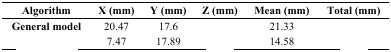
<table><thead><tr><td><b>Algorithm</b></td><td><b>X (mm)</b></td><td><b>Y (mm)</b></td><td><b>Z (mm)</b></td><td><b>Mean (mm)</b></td><td><b>Total (mm)</b></td></tr></thead><tbody><tr><td><b>General model</b></td><td>20.47</td><td>17.6</td><td>[EMPTY_CELL]</td><td>21.33</td><td>[EMPTY_CELL]</td></tr><tr><td>[EMPTY_CELL]</td><td>7.47</td><td>17.89</td><td>[EMPTY_CELL]</td><td>14.58</td><td>[EMPTY_CELL]</td></tr></tbody></table>